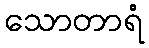
သောတာရံ